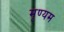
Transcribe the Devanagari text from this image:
मृण्यम